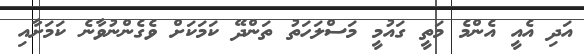
އަދި އެއީ އެންމެ މަތީ ގައުމީ މަސްލަހަތު ތަންދޭ ކަމަކަށް ވެގެންނުވާނެ ކަމަށާއި